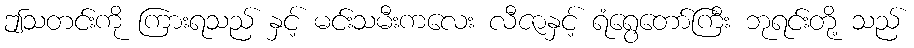
ဤသတင်းကို ကြားရသည် နှင့် မင်းသမီးကလေး လီဇာနှင့် ရံရွေတော်ကြီး ဘုရင်းတို့ သည်